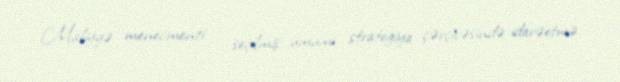
Maliyyə menecmenti — seçilmiş ümumi strategiya çərçivəsində idarəetmə